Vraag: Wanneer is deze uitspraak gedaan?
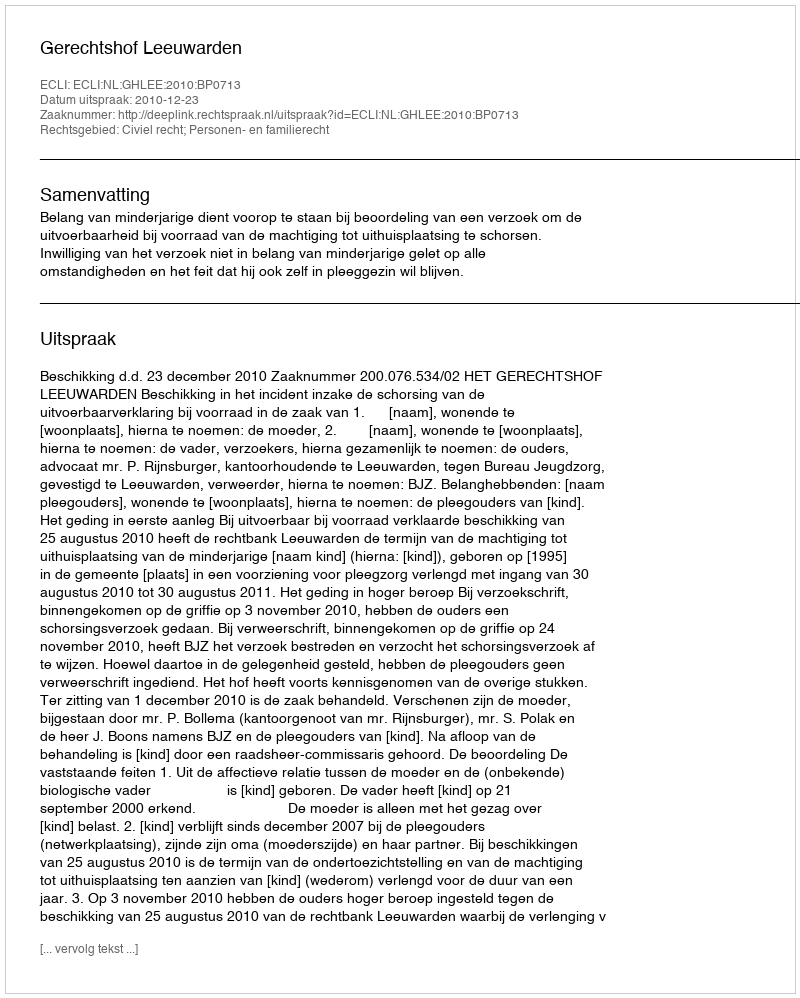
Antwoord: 2010-12-23